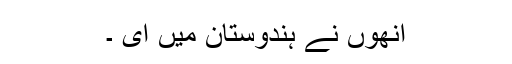
انھوں نے ہندوستان میں ای ۔